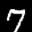
Label: 7